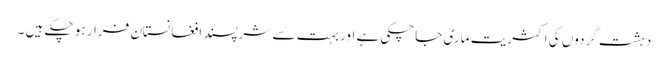
دہشت گردوں کی اکثریت ماری جاچکی ہے اور بہت سے شرپسند افغانستان فرار ہو چکے ہیں ۔